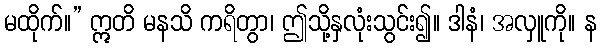
မထိုက်။” ဣတိ မနသိ ကရိတွာ၊ ဤသို့နှလုံးသွင်း၍။ ဒါနံ၊ အလှူကို။ န